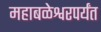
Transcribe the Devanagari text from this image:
महाबळेश्वरपर्यंत